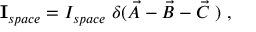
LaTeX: { \bf I } _ { s p a c e } = I _ { s p a c e } \; \delta ( \vec { A } - \vec { B } - \vec { C } \; ) \ ,